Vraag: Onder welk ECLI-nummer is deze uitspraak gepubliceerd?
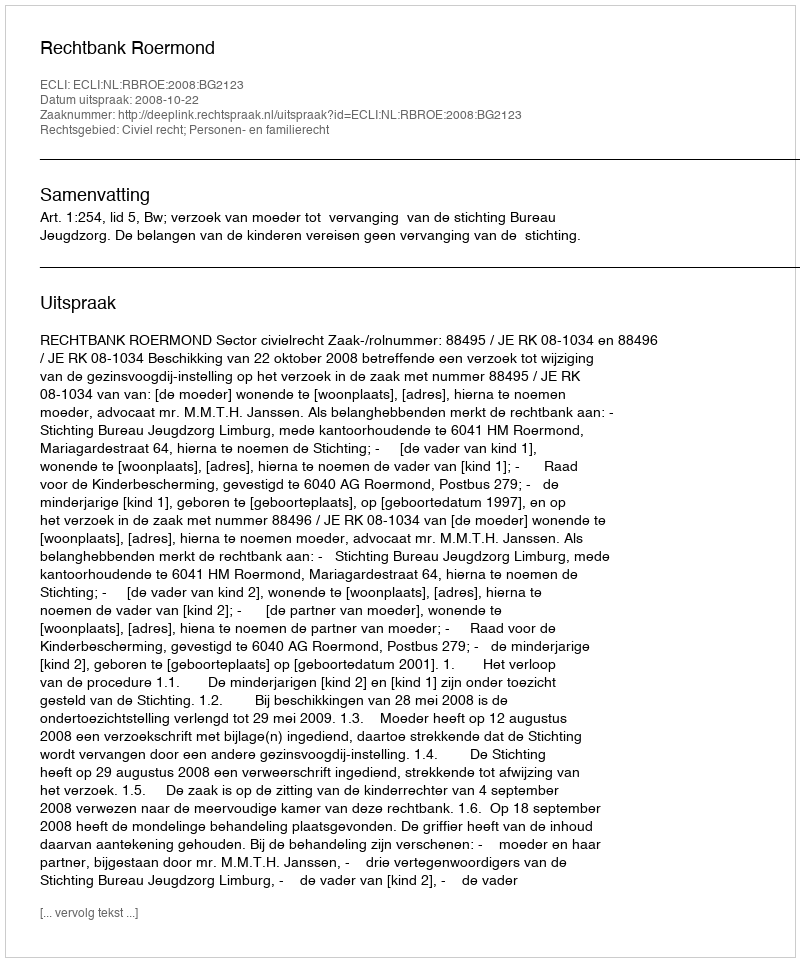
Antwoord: ECLI:NL:RBROE:2008:BG2123